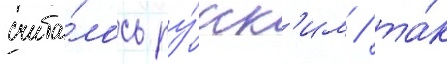
счита́лось ру́сск'им / та́к